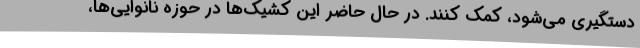
دستگیری می‌شود، کمک کنند. در حال حاضر این کشیک‌ها در حوزه نانوایی‌ها،